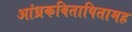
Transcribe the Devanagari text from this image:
आंध्रकवितापितामह